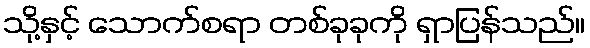
သို့နှင့် သောက်စရာ တစ်ခုခုကို ရှာပြန်သည်။